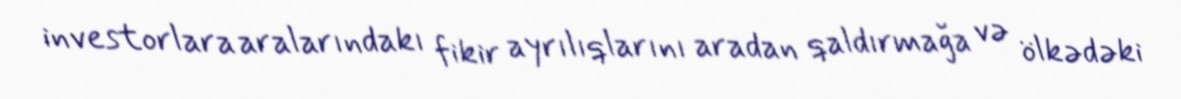
investorlara aralarındakı fikir ayrılıqlarını aradan qaldırmağa və ölkədəki